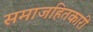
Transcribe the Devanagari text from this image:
समाजहितकारी